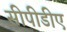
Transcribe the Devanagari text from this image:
सीपीडीए